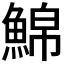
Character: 𩸊